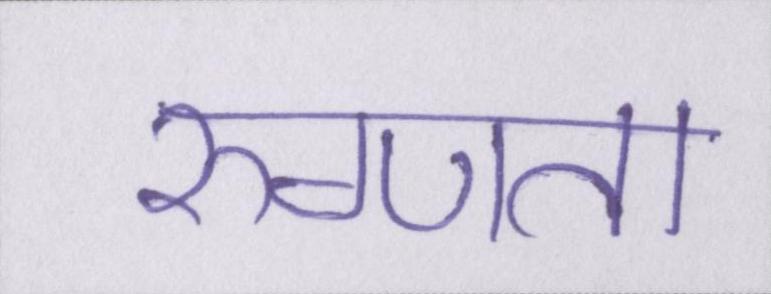
रुग्णता